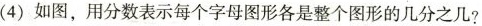
(4)如图，用分数表示每个字母图形各是整个图形的几分之几?